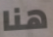
هنا